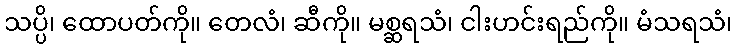
သပ္ပိ၊ ထောပတ်ကို။ တေလံ၊ ဆီကို။ မစ္ဆရသံ၊ ငါးဟင်းရည်ကို။ မံသရသံ၊